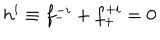
LaTeX: h ^ { i } \equiv f _ { - } ^ { - i } + f _ { + } ^ { + i } = 0